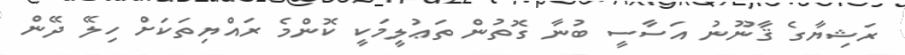
ރަޝިޔާގެ ޤާނޫނު އަސާސީ ބުނާ ގޮތުން ތަޢުލީމަކީ ކޮންމެ ރައްޔިތަކަށް ހިލޭ ދޭން